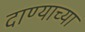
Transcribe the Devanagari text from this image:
दाण्याच्या